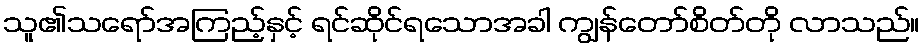
သူ၏သရော်အကြည့်နှင့် ရင်ဆိုင်ရသောအခါ ကျွန်တော်စိတ်တို လာသည်။